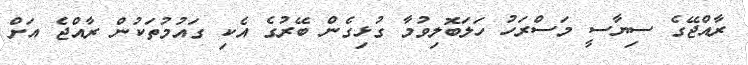
ރާއްޖޭގެ ސިޔާސީ މަސްރަހު ހަލަބޮލިވުމާ ގުޅިގެން ބޭރުގެ އެކި ގައުމުތަކުން ރާއްޖެ އަށް